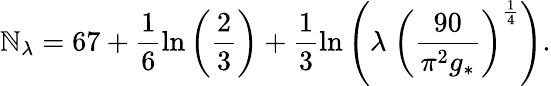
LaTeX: \mathbb{N}_{\lambda}=67+\frac{{1}}{{6}}\ln\left(\frac{{2}}{{3}}\right)+\frac{{1}}{{3}}\ln\left(\lambda~\left(\frac{{90}}{{\pi^{2}g_{*}}}\right)^{\frac{{1}}{{4}}}\right).